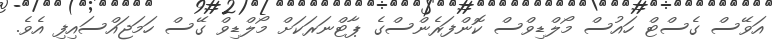
އަވޭސް ގެސްޓް ހައުސް މޯލްޑިވްސް ކޮންފަރެންސްގެ ޕާޓްނަރަކަށް މޯލްޑިވް ގޭސް ހަމަޖައްސައިފި އެވެ.